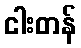
ငါးတန်